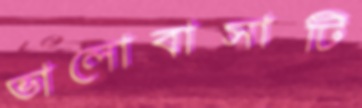
ভালোবাসাটি